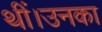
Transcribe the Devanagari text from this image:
थीं।उनका